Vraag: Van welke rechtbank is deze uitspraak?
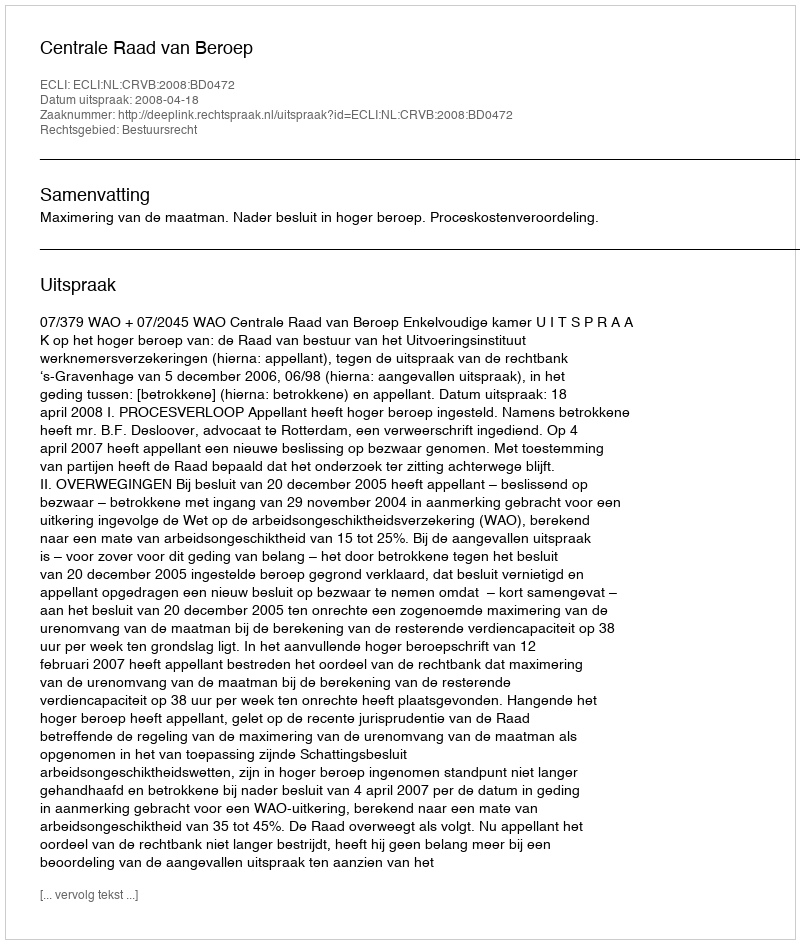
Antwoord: Centrale Raad van Beroep